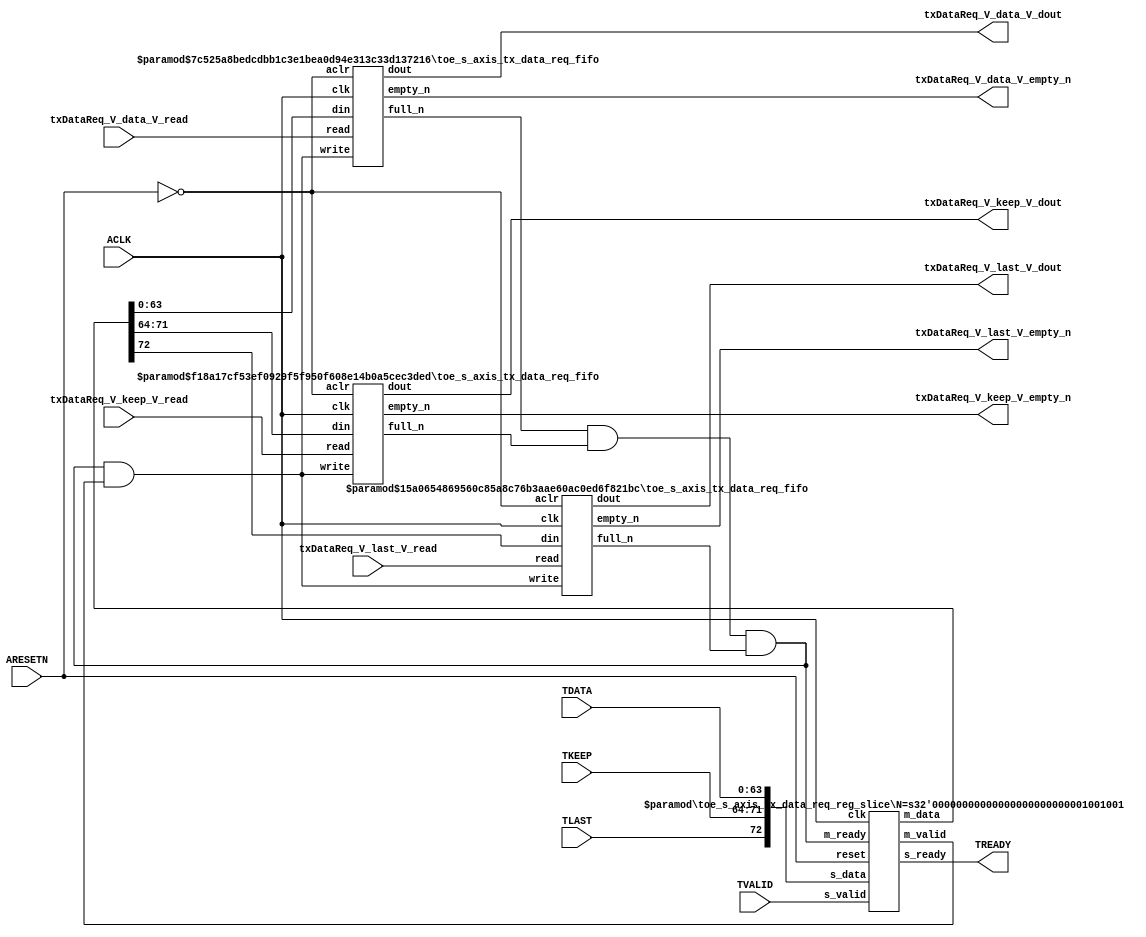
// ==============================================================
// File generated by Vivado(TM) HLS - High-Level Synthesis from C, C++ and SystemC
// Version: 2015.1
// Copyright (C) 2015 Xilinx Inc. All rights reserved.
// 
// ==============================================================


`timescale 1ns/1ps

module toe_s_axis_tx_data_req_if (
    // AXI4-Stream singals
    input  wire        ACLK,
    input  wire        ARESETN,
    input  wire        TVALID,
    output wire        TREADY,
    input  wire [63:0] TDATA,
    input  wire [7:0]  TKEEP,
    input  wire [0:0]  TLAST,
    // User signals
    output wire [63:0] txDataReq_V_data_V_dout,
    output wire        txDataReq_V_data_V_empty_n,
    input  wire        txDataReq_V_data_V_read,
    output wire [7:0]  txDataReq_V_keep_V_dout,
    output wire        txDataReq_V_keep_V_empty_n,
    input  wire        txDataReq_V_keep_V_read,
    output wire [0:0]  txDataReq_V_last_V_dout,
    output wire        txDataReq_V_last_V_empty_n,
    input  wire        txDataReq_V_last_V_read
);
//------------------------Local signal-------------------
// FIFO
wire [0:0]  fifo_write;
wire [0:0]  fifo_full_n;
wire [63:0] txDataReq_V_data_V_din;
wire [0:0]  txDataReq_V_data_V_full_n;
wire [7:0]  txDataReq_V_keep_V_din;
wire [0:0]  txDataReq_V_keep_V_full_n;
wire [0:0]  txDataReq_V_last_V_din;
wire [0:0]  txDataReq_V_last_V_full_n;
// register slice
wire [0:0]  s_valid;
wire [0:0]  s_ready;
wire [72:0] s_data;
wire [0:0]  m_valid;
wire [0:0]  m_ready;
wire [72:0] m_data;

//------------------------Instantiation------------------
// rs
toe_s_axis_tx_data_req_reg_slice #(
    .N       ( 73 )
) rs (
    .clk     ( ACLK ),
    .reset   ( ARESETN ),
    .s_data  ( s_data ),
    .s_valid ( s_valid ),
    .s_ready ( s_ready ),
    .m_data  ( m_data ),
    .m_valid ( m_valid ),
    .m_ready ( m_ready )
);

// txDataReq_V_data_V_fifo
toe_s_axis_tx_data_req_fifo #(
    .DATA_BITS  ( 64 ),
    .DEPTH_BITS ( 4 )
) txDataReq_V_data_V_fifo (
    .clk        ( ACLK ),
    .aclr       ( ~ARESETN ),
    .empty_n    ( txDataReq_V_data_V_empty_n ),
    .full_n     ( txDataReq_V_data_V_full_n ),
    .read       ( txDataReq_V_data_V_read ),
    .write      ( fifo_write ),
    .dout       ( txDataReq_V_data_V_dout ),
    .din        ( txDataReq_V_data_V_din )
);

// txDataReq_V_keep_V_fifo
toe_s_axis_tx_data_req_fifo #(
    .DATA_BITS  ( 8 ),
    .DEPTH_BITS ( 4 )
) txDataReq_V_keep_V_fifo (
    .clk        ( ACLK ),
    .aclr       ( ~ARESETN ),
    .empty_n    ( txDataReq_V_keep_V_empty_n ),
    .full_n     ( txDataReq_V_keep_V_full_n ),
    .read       ( txDataReq_V_keep_V_read ),
    .write      ( fifo_write ),
    .dout       ( txDataReq_V_keep_V_dout ),
    .din        ( txDataReq_V_keep_V_din )
);

// txDataReq_V_last_V_fifo
toe_s_axis_tx_data_req_fifo #(
    .DATA_BITS  ( 1 ),
    .DEPTH_BITS ( 4 )
) txDataReq_V_last_V_fifo (
    .clk        ( ACLK ),
    .aclr       ( ~ARESETN ),
    .empty_n    ( txDataReq_V_last_V_empty_n ),
    .full_n     ( txDataReq_V_last_V_full_n ),
    .read       ( txDataReq_V_last_V_read ),
    .write      ( fifo_write ),
    .dout       ( txDataReq_V_last_V_dout ),
    .din        ( txDataReq_V_last_V_din )
);

//------------------------Body---------------------------
//++++++++++++++++++++++++AXI4-Stream++++++++++++++++++++
assign TREADY = s_ready;

//+++++++++++++++++++++++++++++++++++++++++++++++++++++++

//++++++++++++++++++++++++Reigister Slice++++++++++++++++
assign s_valid = TVALID;
assign m_ready = fifo_full_n;
assign s_data  = {TLAST[0:0], TKEEP[7:0], TDATA[63:0]};

//+++++++++++++++++++++++++++++++++++++++++++++++++++++++

//++++++++++++++++++++++++FIFO+++++++++++++++++++++++++++
assign fifo_write             = fifo_full_n & m_valid;
assign txDataReq_V_data_V_din = m_data[63:0];
assign txDataReq_V_keep_V_din = m_data[71:64];
assign txDataReq_V_last_V_din = m_data[72:72];
assign fifo_full_n            = txDataReq_V_data_V_full_n & txDataReq_V_keep_V_full_n & txDataReq_V_last_V_full_n;

//+++++++++++++++++++++++++++++++++++++++++++++++++++++++

endmodule



`timescale 1ns/1ps

module toe_s_axis_tx_data_req_fifo
#(parameter
    DATA_BITS  = 8,
    DEPTH_BITS = 4
)(
    input  wire                 clk,
    input  wire                 aclr,
    output wire                 empty_n,
    output wire                 full_n,
    input  wire                 read,
    input  wire                 write,
    output wire [DATA_BITS-1:0] dout,
    input  wire [DATA_BITS-1:0] din
);
//------------------------Parameter----------------------
localparam
    DEPTH = 1 << DEPTH_BITS;
//------------------------Local signal-------------------
reg                   empty;
reg                   full;
reg  [DEPTH_BITS-1:0] index;
reg  [DATA_BITS-1:0]  mem[0:DEPTH-1];
//------------------------Body---------------------------
assign empty_n = ~empty;
assign full_n  = ~full;
assign dout    = mem[index];

// empty
always @(posedge clk or posedge aclr) begin
    if (aclr)
        empty <= 1'b1;
    else if (empty & write & ~read)
        empty <= 1'b0;
    else if (~empty & ~write & read & (index==1'b0))
        empty <= 1'b1;
end

// full
always @(posedge clk or posedge aclr) begin
    if (aclr)
        full <= 1'b0;
    else if (full & read & ~write)
        full <= 1'b0;
    else if (~full & ~read & write & (index==DEPTH-2'd2))
        full <= 1'b1;
end

// index
always @(posedge clk or posedge aclr) begin
    if (aclr)
        index <= {DEPTH_BITS{1'b1}};
    else if (~empty & ~write & read)
        index <= index - 1'b1;
    else if (~full & ~read & write)
        index <= index + 1'b1;
end

// mem
always @(posedge clk) begin
    if (~full & write) mem[0] <= din;
end

genvar i;
generate
    for (i = 1; i < DEPTH; i = i + 1) begin : gen_sr
        always @(posedge clk) begin
            if (~full & write) mem[i] <= mem[i-1];
        end
    end
endgenerate

endmodule

`timescale 1ns/1ps

module toe_s_axis_tx_data_req_reg_slice
#(parameter
    N = 8   // data width
) (
    // system signals
    input  wire         clk,
    input  wire         reset,
    // slave side
    input  wire [N-1:0] s_data,
    input  wire         s_valid,
    output wire         s_ready,
    // master side
    output wire [N-1:0] m_data,
    output wire         m_valid,
    input  wire         m_ready
);
//------------------------Parameter----------------------
// state
localparam [1:0]
    ZERO = 2'b10,
    ONE  = 2'b11,
    TWO  = 2'b01;
//------------------------Local signal-------------------
reg  [N-1:0] data_p1;
reg  [N-1:0] data_p2;
wire         load_p1;
wire         load_p2;
wire         load_p1_from_p2;
reg          s_ready_t;
reg  [1:0]   state;
reg  [1:0]   next;
//------------------------Body---------------------------
assign s_ready = s_ready_t;
assign m_data  = data_p1;
assign m_valid = state[0];

assign load_p1 = (state == ZERO && s_valid) ||
                 (state == ONE && s_valid && m_ready) ||
                 (state == TWO && m_ready);
assign load_p2 = s_valid & s_ready;
assign load_p1_from_p2 = (state == TWO);

// data_p1
always @(posedge clk) begin
    if (load_p1) begin
        if (load_p1_from_p2)
            data_p1 <= data_p2;
        else
            data_p1 <= s_data;
    end
end

// data_p2
always @(posedge clk) begin
    if (load_p2) data_p2 <= s_data;
end

// s_ready_t
always @(posedge clk) begin
    if (~reset)
        s_ready_t <= 1'b0;
    else if (state == ZERO)
        s_ready_t <= 1'b1;
    else if (state == ONE && next == TWO)
        s_ready_t <= 1'b0;
    else if (state == TWO && next == ONE)
        s_ready_t <= 1'b1;
end

// state
always @(posedge clk) begin
    if (~reset)
        state <= ZERO;
    else
        state <= next;
end

// next
always @(*) begin
    case (state)
        ZERO:
            if (s_valid & s_ready)
                next = ONE;
            else
                next = ZERO;
        ONE:
            if (~s_valid & m_ready)
                next = ZERO;
            else if (s_valid & ~m_ready)
                next = TWO;
            else
                next = ONE;
        TWO:
            if (m_ready)
                next = ONE;
            else
                next = TWO;
        default:
            next = ZERO;
    endcase
end

endmodule